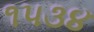
૧૫૩૪